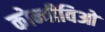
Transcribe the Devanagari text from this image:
कोन्वीविओ